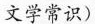
文学常识)